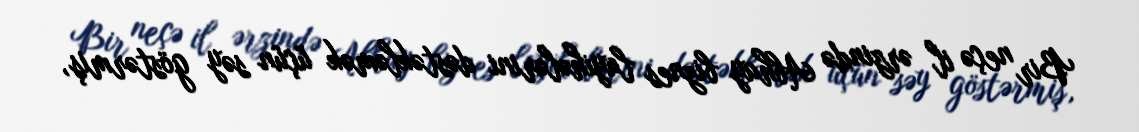
Bir neçə il ərzində Abhay biznes layihələrini dəstəkləmək üçün səy göstərmiş,